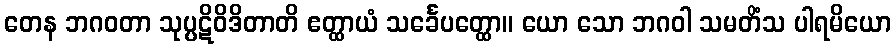
တေန ဘဂဝတာ သုပ္ပဋိဝိဒိတာတိ ဧတ္ထာယံ သင်္ခေပတ္ထော။ ယော သော ဘဂဝါ သမတိံသ ပါရမိယော